Annual report on the working of the lock hospitals in the Central Provinces
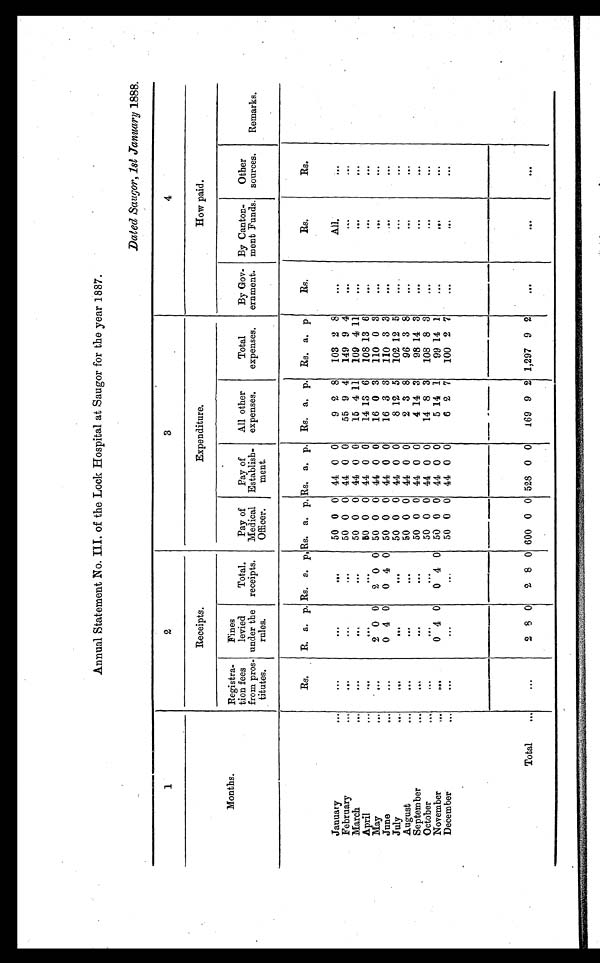
Annual Statement No. III. of the Lock Hospital at Saugor for the year 1887.
Dated Saugor, 1st January 1888.
1
2
3
4
Receipts.
Expenditure.
How paid.
Months.
Registra-
tion fees
from pros-
titutes.
Fines
levied
under the
rules.
Total.
receipts.
Pay of
Medical
Officer.
Pay of
Establish-
ment.
All other
expenses.
Total
expenses.
By Gov-
ernment.
By Canton-
ment Funds.
Other
sources.
Remarks.
Rs.
R. a. p. Rs. a . p, Rs.
a
p. Rs. a. p. Rs. a. p.
Rs. a. p
Rs.
Rs.
Rs.
January
...
. . .
...
. . .
50 0 0 44 0 0
9 2 8
103 2 8
. . .
All.
...
February
...
...
. . .
. . .
50 0 0 44 0 0
55 9 4
149 9 4
. . .
. . .
. . .
March
...
. . .
. . .
. . .
50 0 0 44 0 0
15 4 11
109 4 11
...
. . .
. . .
A p r i l . . .
...
...
. . .
5 0 0 0 44 0 0
14 13 6
108 13 6
. . .
. . .
. . .
May
...
. . .
2 0 0
2 0 0 50 0 0 44 0 0
16 0 3
110 0 3
. . .
. . .
. . .
June
...
. . .
0 4 0
0 4 0 50 0 0 44 0 0
16 3 3
110 3 3
. . .
. . .
. . .
July
...
. . .
...
. . .
50 0 0 44 0 0
8 12 5
102 12 5
. . .
. . .
. . .
August
...
. . .
...
. . .
50 0 0 44 0 0
2 3 8
96 3 8
. . .
...
. . .
September
...
. . .
. . .
. . .
50 0 0 44 0 0
4 14 3
98 14 3
. . .
. . .
October
...
. . .
. . .
. . .
50 0 0 44 0 0
14 8 3
108 8 3
. . .
. . .
. . .
November
...
. . .
0 4 0
0 4 0 50 0 0 44 0 0
5 14 1
99 14 1
. . .
. . .
. . .
December
...
...
. . .
. . .
50 0 0 44 0 0
6 2 7
100 2 7
. . .
...
...
Total
...
169
. . .
2 8 0
2 8 0 600 0 0 528 0 0
9 2 1,297 9 2
. . .
. . .
. . .